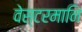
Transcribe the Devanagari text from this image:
वेस्टरमानि